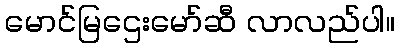
မောင်မြဌေးမော်ဆီ လာလည်ပါ။